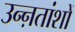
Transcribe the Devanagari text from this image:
उन्ऩतांशों